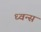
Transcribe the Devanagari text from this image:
ध्वन्स